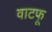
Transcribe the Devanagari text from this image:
वाटफू